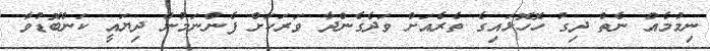
ނިމުމެއް ނެތް ދިގު ހޮހޮޅައިގެ ތެރެއަށް ވަދެގެންދާ ވަރަކަށް ފެންނަމުން ދިޔައީ ކަންބޮޑުވާ